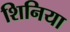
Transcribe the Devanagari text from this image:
शिनिया